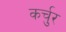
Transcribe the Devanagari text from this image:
कर्चुर